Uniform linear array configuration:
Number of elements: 8
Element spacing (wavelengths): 0.5
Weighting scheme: exponential
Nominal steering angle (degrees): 45
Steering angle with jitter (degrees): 46.338
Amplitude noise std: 0.05
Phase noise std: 0.05

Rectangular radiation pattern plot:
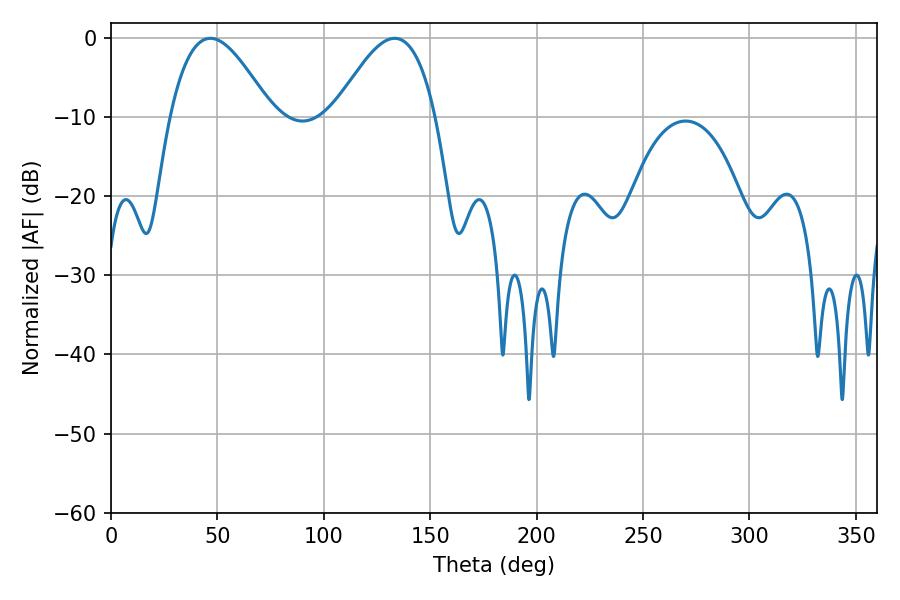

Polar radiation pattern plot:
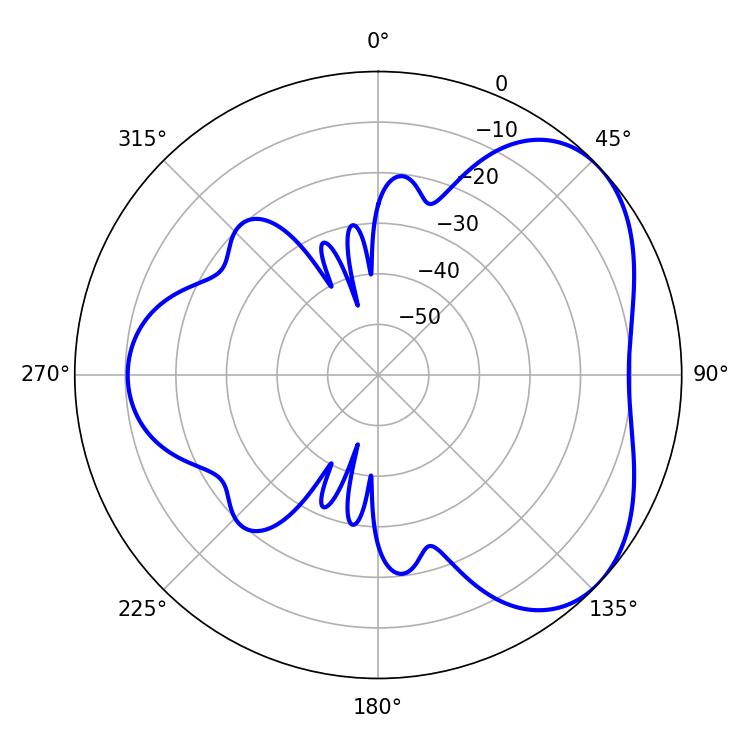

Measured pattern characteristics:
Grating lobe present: FALSE
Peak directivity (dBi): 4.448
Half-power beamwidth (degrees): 25.74
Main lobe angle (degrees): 46.8